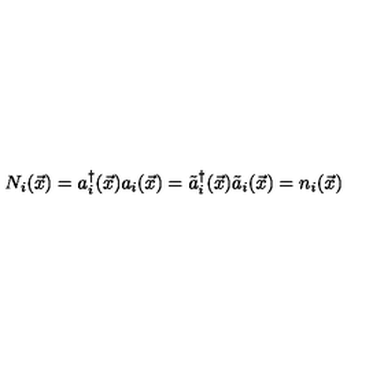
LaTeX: N _ { i } ( { \vec { x } } ) = a _ { i } ^ { \dagger } ( { \vec { x } } ) a _ { i } ( { \vec { x } } ) = { \tilde { a } } _ { i } ^ { \dagger } ( { \vec { x } } ) { \tilde { a } } _ { i } ( { \vec { x } } ) = n _ { i } ( { \vec { x } } )